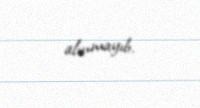
alınmayıb.